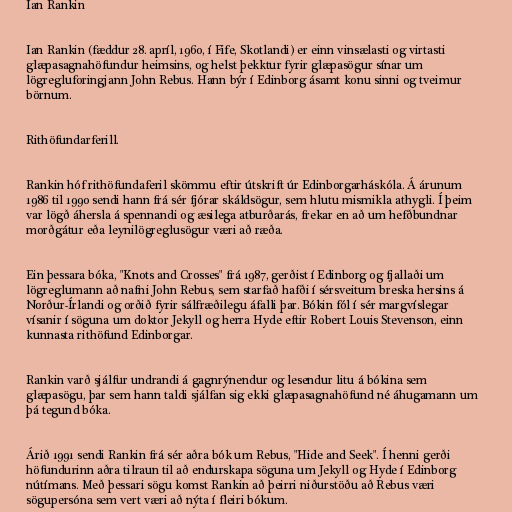
Ian Rankin

Ian Rankin (fæddur 28. apríl, 1960, í Fife, Skotlandi) er einn vinsælasti og virtasti
glæpasagnahöfundur heimsins, og helst þekktur fyrir glæpasögur sínar um
lögregluforingjann John Rebus. Hann býr í Edinborg ásamt konu sinni og tveimur
börnum.

Rithöfundarferill.

Rankin hóf rithöfundaferil skömmu eftir útskrift úr Edinborgarháskóla. Á árunum
1986 til 1990 sendi hann frá sér fjórar skáldsögur, sem hlutu mismikla athygli. Í þeim
var lögð áhersla á spennandi og æsilega atburðarás, frekar en að um hefðbundnar
morðgátur eða leynilögreglusögur væri að ræða.

Ein þessara bóka, "Knots and Crosses" frá 1987, gerðist í Edinborg og fjallaði um
lögreglumann að nafni John Rebus, sem starfað hafði í sérsveitum breska hersins á
Norður-Írlandi og orðið fyrir sálfræðilegu áfalli þar. Bókin fól í sér margvíslegar
vísanir í söguna um doktor Jekyll og herra Hyde eftir Robert Louis Stevenson, einn
kunnasta rithöfund Edinborgar.

Rankin varð sjálfur undrandi á gagnrýnendur og lesendur litu á bókina sem
glæpasögu, þar sem hann taldi sjálfan sig ekki glæpasagnahöfund né áhugamann um
þá tegund bóka.

Árið 1991 sendi Rankin frá sér aðra bók um Rebus, "Hide and Seek". Í henni gerði
höfundurinn aðra tilraun til að endurskapa söguna um Jekyll og Hyde í Edinborg
nútímans. Með þessari sögu komst Rankin að þeirri niðurstöðu að Rebus væri
sögupersóna sem vert væri að nýta í fleiri bókum.